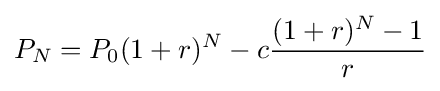
P_{N}=P_{0}(1+r)^{N}-c{{(1+r)^{N}-1} \over r}